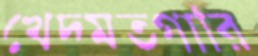
খেদমতগারি